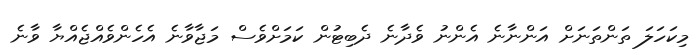
މިކަހަލަ ތަންތަނަށް އަންނާނެ އެންނު ވެދާނެ ދެބިޓުން ކަމަށްވެސް މަޖާވާނެ އެހެންވެއްޖެއްޔާ ވާނެ